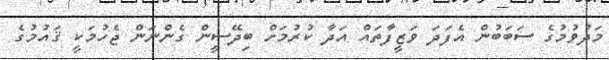
މަދުވުމުގެ ސަބަބުން އެފަދަ ވަޒީފާތައް އަދާ ކުރުމަށް ބިދޭސީން ގެންނަން ޖެހުމަކީ ޤައުމުގެ